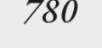
780